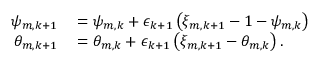
\begin{array} { r l } { \psi _ { m , k + 1 } } & { { } = \psi _ { m , k } + \epsilon _ { k + 1 } \left( \xi _ { m , k + 1 } - 1 - \psi _ { m , k } \right) \mathrm { ~ } } \\ { \theta _ { m , k + 1 } } & { { } = \theta _ { m , k } + \epsilon _ { k + 1 } \left( \xi _ { m , k + 1 } - \theta _ { m , k } \right) . } \end{array}